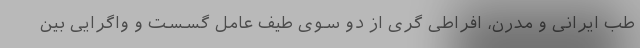
طب ایرانی و مدرن، افراطی گری از دو سوی طیف عامل گسست و واگرایی بین